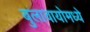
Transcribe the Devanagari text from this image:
बुलावायोमध्ये